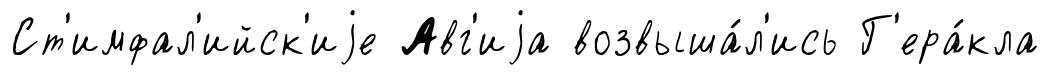
Ст'имфал'ийск'иjе Авг'иjа возвыша́л'ись Г'ера́кла